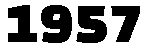
1957